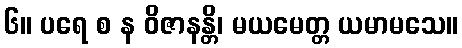
၆။ ပရေ စ န ဝိဇာနန္တိ၊ မယမေတ္တ ယမာမသေ။